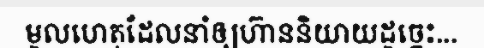
មូលហេតុដែលនាំឲ្យហ៊ាននិយាយដូច្នេះ...